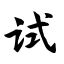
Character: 试